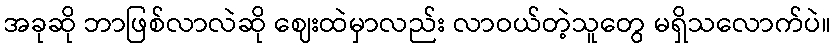
အခုဆို ဘာဖြစ်လာလဲဆို ဈေးထဲမှာလည်း လာဝယ်တဲ့သူတွေ မရှိသလောက်ပဲ။